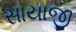
સાયાજી